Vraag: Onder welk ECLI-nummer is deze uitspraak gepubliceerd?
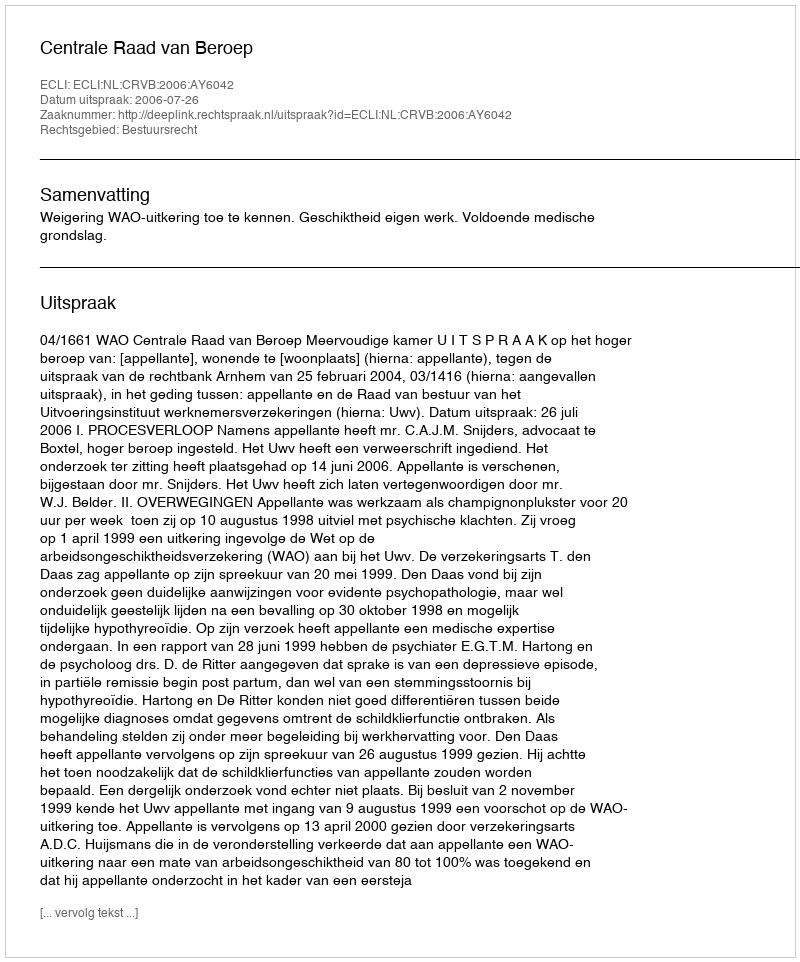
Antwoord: ECLI:NL:CRVB:2006:AY6042